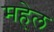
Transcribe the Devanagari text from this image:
महेल